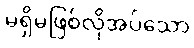
မရှိမဖြစ်လိုအပ်သော